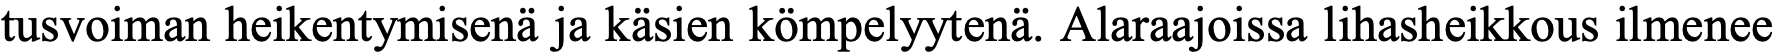
tusvoiman heikentymisenä ja käsien kömpelyytenä. Alaraajoissa lihasheikkous ilmenee